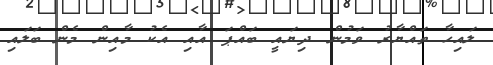
ލައިހާ ތައްޔާރު ވަމުން ދިޔައީ ބައްޕަ އާއި އެކު މާއިން މެން ބަލައި